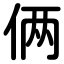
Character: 俩